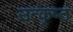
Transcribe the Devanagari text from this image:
उत्‍कृष्‍ठ